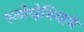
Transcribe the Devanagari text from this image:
स्लोव्हेनियाने